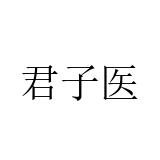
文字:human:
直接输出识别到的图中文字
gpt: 君子医